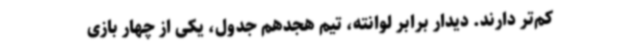
کم‌تر دارند. دیدار برابر لوانته، تیم هجدهم جدول، یکی از چهار بازی